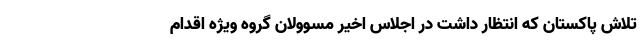
تلاش پاکستان که انتظار داشت در اجلاس اخیر مسوولان گروه ویژه اقدام